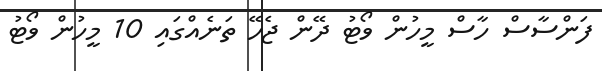
ފަންސާސް ހާސް މީހުން ވޯޓު ދޭން ޖެހޭ ތަނެއްގައި 10 މީހުން ވޯޓު